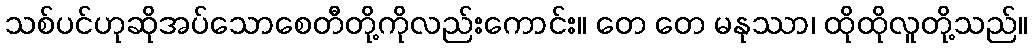
သစ်ပင်ဟုဆိုအပ်သောစေတီတို့ကိုလည်းကောင်း။ တေ တေ မနုဿာ၊ ထိုထိုလူတို့သည်။